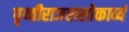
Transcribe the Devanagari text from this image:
पृथ्वीराजरासोकाव्यं